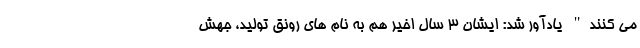
می کنند" یادآور شد: ایشان 3 سال اخیر هم به نام های رونق تولید، جهش